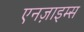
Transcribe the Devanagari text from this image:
एनज़ाइम्स